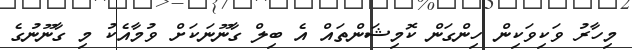
މިހާރު ވަކިވަކިން ހިންގަން ކޮމިޝަންތައް އެ ބިލް ގާނޫނަކަށް ވުމާއެކު މި ގާނޫނުގެ